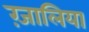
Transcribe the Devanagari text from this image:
ग़्जालिया